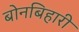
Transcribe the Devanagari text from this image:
बोनबिहारी